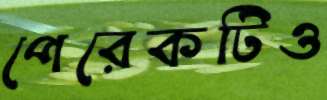
পেরেকটিও